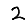
Digit: 2